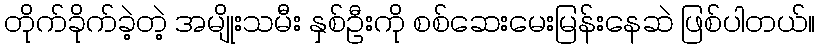
တိုက်ခိုက်ခဲ့တဲ့ အမျိုးသမီး နှစ်ဦးကို စစ်ဆေးမေးမြန်းနေဆဲ ဖြစ်ပါတယ်။